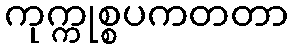
ကုက္ကုစ္စပကတတာ